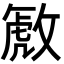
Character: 𫿋